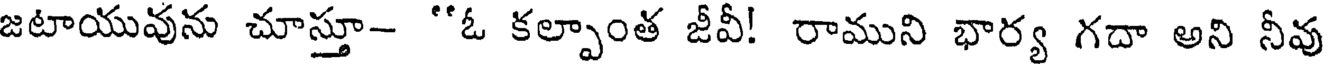
జటాయువును చూస్తూ- "ఓ కల్పాంత జీవీ! రాముని భార్య గదా అని నీవు